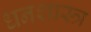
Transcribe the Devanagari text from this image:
धनशास्त्र